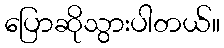
ပြောဆိုသွားပါတယ်။